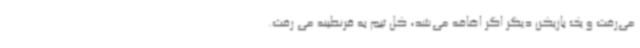
می‌رفت و یک بازیکن دیگر اگر اضافه می‌شد، کل تیم به قرنطینه می رفت.